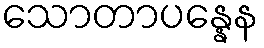
သောတာပန္နေန